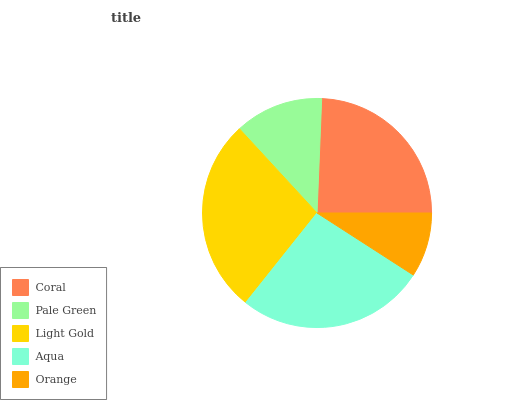
| Coral | Pale Green | Light Gold | Aqua | Orange |
 | --- | --- | --- | --- | --- |
 | 24.4% | 12.5% | 27.4% | 26.6% | 9.11% |